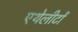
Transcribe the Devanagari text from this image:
एथेलीटों